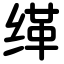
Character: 缂